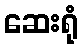
ဆေးရုံ